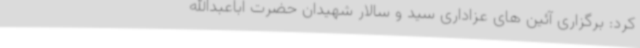
کرد: برگزاری آئین های عزاداری سید و سالار شهیدان حضرت اباعبدالله